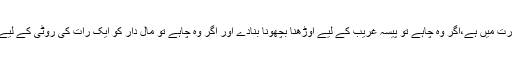
سب اسی رب کی قدرت میں ہے،اگر وہ چاہے تو پیسہ غریب کے لیے اوڑھنا بچھونا بنادے اور اگر وہ چاہے تو مال دار کو ایک رات کی روٹی کے لیے بھی محتاج کردے۔